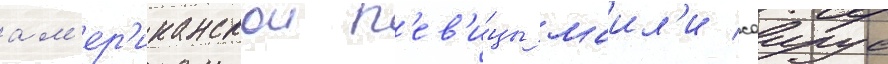
ам'ер'иканскои п'ев'и́цы маил'и саирус